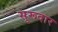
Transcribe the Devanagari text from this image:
सुरूदार